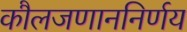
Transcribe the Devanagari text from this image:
कौलजणाननिर्णय